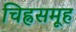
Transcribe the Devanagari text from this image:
चिह्नसमूह